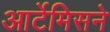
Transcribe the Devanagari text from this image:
आर्टेमिसने